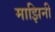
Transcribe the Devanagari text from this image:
माझिनी